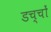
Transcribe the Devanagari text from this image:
डच्चों